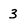
Character: 3